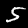
Digit: 5